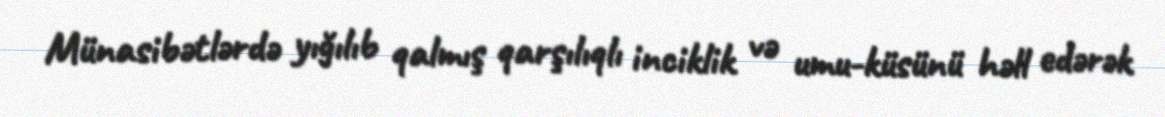
Münasibətlərdə yığılıb qalmış qarşılıqlı inciklik və umu-küsünü həll edərək